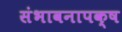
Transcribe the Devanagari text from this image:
संभावनापक्ष